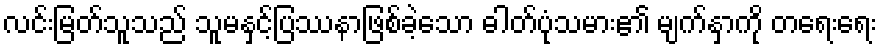
လင်းမြတ်သူသည် သူမနှင့်ပြဿနာဖြစ်ခဲ့သော ဓါတ်ပုံသမား၏ မျက်နှာကို တရေးရေး